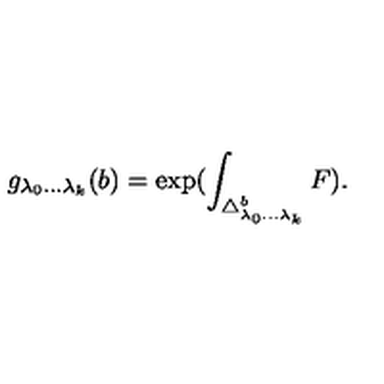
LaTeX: g _ { \lambda _ { 0 } . . . \lambda _ { k } } ( b ) = \exp ( \int _ { \triangle _ { \lambda _ { 0 } . . . \lambda _ { k } } ^ { b } } F ) .